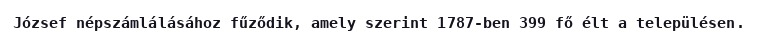
József népszámlálásához fűződik, amely szerint 1787-ben 399 fő élt a településen.